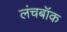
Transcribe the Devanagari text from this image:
लंचबॉक